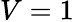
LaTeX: V=1